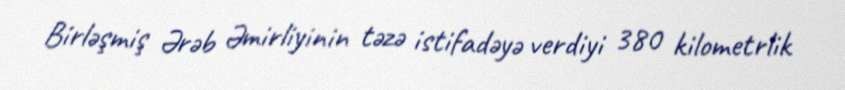
Birləşmiş Ərəb Əmirliyinin təzə istifadəyə verdiyi 380 kilometrlik